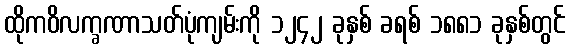
ထိုကဝိလက္ခဏာသတ်ပုံကျမ်းကို ၁၂၄၂ ခုနှစ် ခရစ် ၁၈၈၁ ခုနှစ်တွင်